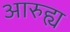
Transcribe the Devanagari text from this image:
आरुह्य